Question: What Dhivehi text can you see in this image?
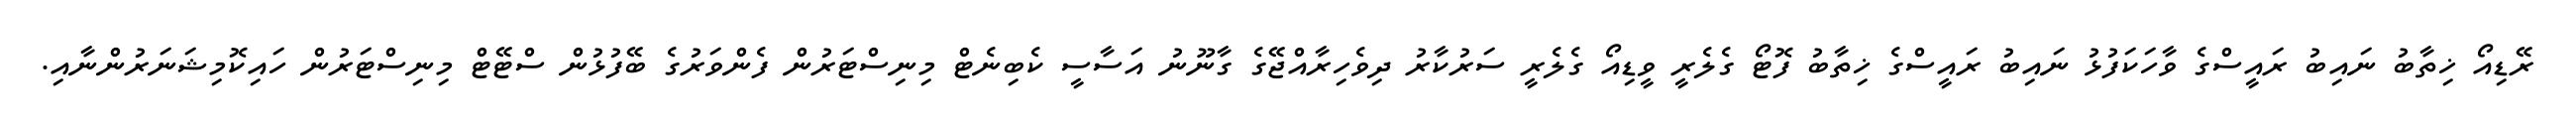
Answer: ރޭޑިއޯ ޚިތާބު ނައިބު ރައީސްގެ ވާހަކަފުޅު ނައިބު ރައީސްގެ ޚިތާބު ފޮޓޯ ގެލެރީ ވީޑިއޯ ގެލެރީ ސަރުކާރު ދިވެހިރާއްޖޭގެ ގާނޫނު އަސާސީ ކެބިނެޓް މިނިސްޓަރުން ފެންވަރުގެ ބޭފުޅުން ސްޓޭޓް މިނިސްޓަރުން ހައިކޮމިޝަނަރުންނާއި.